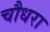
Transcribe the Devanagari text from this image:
चौधरा